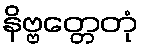
နိဗ္ဗတ္တေတုံ